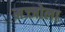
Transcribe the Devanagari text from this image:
मज्जोला